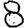
Digit: 8